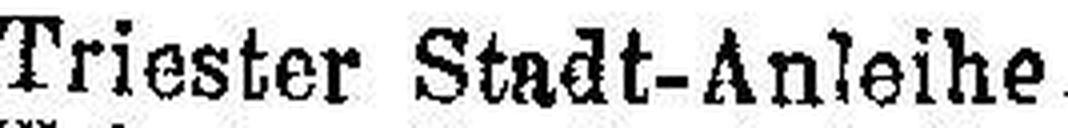
Triester Stadt-Anleihe